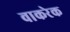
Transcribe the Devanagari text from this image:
वाकरेक